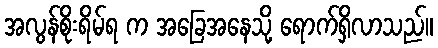
အလွန်စိုးရိမ်ရ က အခြေအနေသို့ ရောက်ရှိလာသည်။